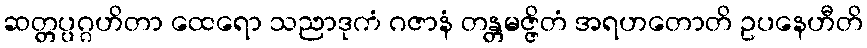
ဆတ္တပ္ပဂ္ဂဟိတာ ထေရော သညာဒုကံ ဂဇာနံ တန္တမဇ္ဇိတံ အရဟတောတိ ဥပနေဟီတိ